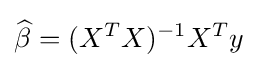
{\widehat {\beta }}=(X^{T}X)^{-1}X^{T}y